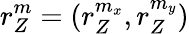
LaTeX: r_{Z}^{m}=(r_{Z}^{m_{x}},r_{Z}^{m_{y}})